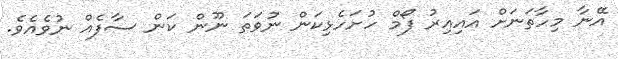
އޭނާ މިހާތަނަށް އައިއިރު ފޯމް ހުށަހެޅިކަން ނުވަތަ ނޫން ކަން ސާފެއް ނުވެއެވެ.